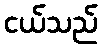
ငယ်သည်